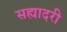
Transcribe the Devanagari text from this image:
सह्यादरी